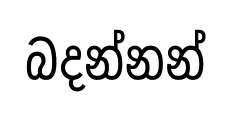
බදන්නන්